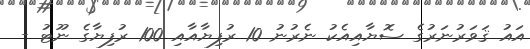
އައު ޤަވަރުނަރުގެ ސޮޔާއިއެކު ނެރުނު 10 ރުފިޔާއާއި 100 ރުފިޔާގެ ނޫޓު -